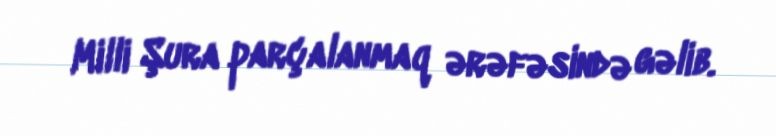
Milli Şura parçalanmaq ərəfəsində gəlib.